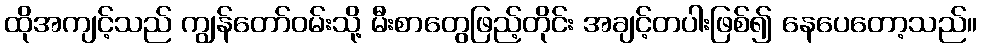
ထိုအကျင့်သည် ကျွန်တော်ဝမ်းသို့ မီးစာတွေဖြည့်တိုင်း အချင့်တပါးဖြစ်၍ နေပေတော့သည်။